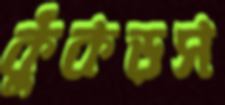
কুঁকড়স